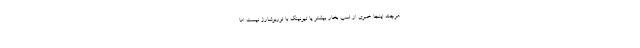
هرچند اینجا خبری از اسب بخار بیشتر یا تیونینگ با توربوشارژ نیست اما